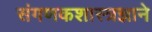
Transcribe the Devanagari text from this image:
संगणकशास्त्रज्ञाने